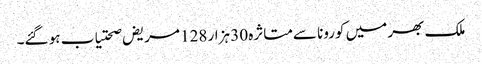
ملک بھر میں کورونا سےمتاثرہ 30 ہزار 128 مریض صحتیاب ہو گئے۔